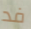
فد